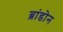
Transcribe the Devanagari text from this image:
ब्रांडोन